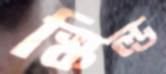
স্কিল্ড